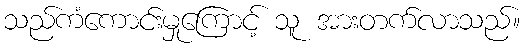
သည်ကံကောင်းမှုကြောင့် သူ အားတက်လာသည်။